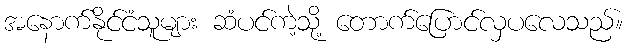
အနောက်နိုင်ငံသူများ ဆံပင်ကဲ့သို့ တောက်ပြောင်လှပလေသည်။